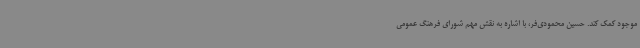
موجود کمک کند. حسین محمودی‌فر، با اشاره به نقش مهم شورای فرهنگ عمومی